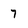
Character: 7